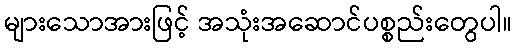
များသောအားဖြင့် အသုံးအဆောင်ပစ္စည်းတွေပါ။